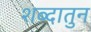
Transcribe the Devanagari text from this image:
शब्दातुन